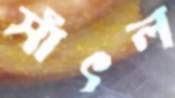
সাঁৎল